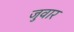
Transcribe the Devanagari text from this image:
जुवार